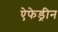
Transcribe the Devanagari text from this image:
ऐफेड्रीन